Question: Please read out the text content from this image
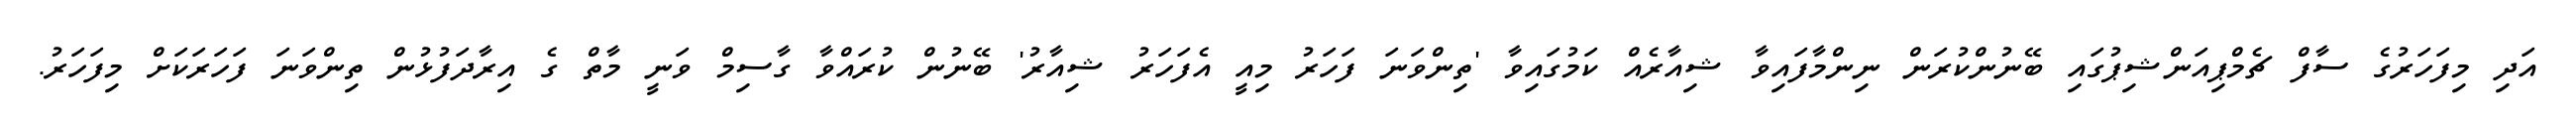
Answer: އަދި މިފަހަރުގެ ސާފް ޗެމްޕިއަންޝިޕުގައި ބޭނުންކުރަން ނިންމާފައިވާ ޝިއާރެއް ކަމުގައިވާ 'ތިންވަނަ ފަހަރު މިއީ އެފަހަރު ޝިއާރު' ބޭނުން ކުރައްވާ ގާސިމް ވަނީ މާތް ގެ އިރާދަފުޅުން ތިންވަނަ ފަހަރަކަށް މިފަހަރު.